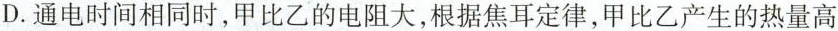
D.通电时间相同时，甲比乙的电阻大，根据焦耳定律，甲比乙产生的热量高